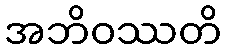
အဘိဝဿတိ